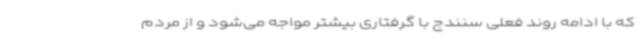
که با ادامه روند فعلی سنندج با گرفتاری بیشتر مواجه می‌شود و از مردم